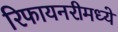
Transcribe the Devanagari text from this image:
रिफायनरीमध्ये